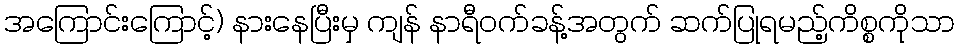
အကြောင်းကြောင့်) နားနေပြီးမှ ကျန် နာရီဝက်ခန့်အတွက် ဆက်ပြုရမည့်ကိစ္စကိုသာ